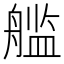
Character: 𮶙